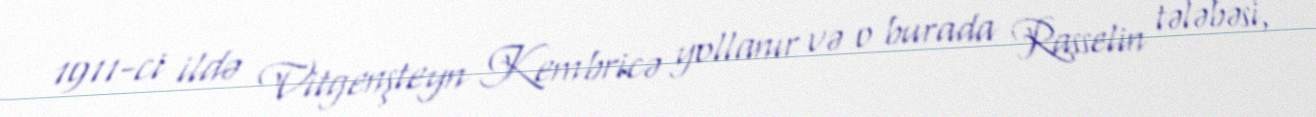
1911-ci ildə Vitgenşteyn Kembricə yollanır və o burada Rasselin tələbəsi,